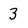
Character: 3